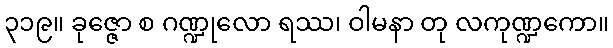
၃၁၉။ ခုဇ္ဇော စ ဂဏ္ဍုလော ရဿ၊ ဝါမနာ တု လကုဏ္ဍကော။